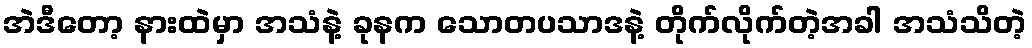
အဲဒီတော့ နားထဲမှာ အသံနဲ့ ခုနက သောတပသာဒနဲ့ တိုက်လိုက်တဲ့အခါ အသံသိတဲ့